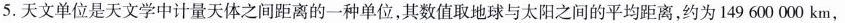
5.天文单位是天文学中计量天体之间距离的一种单位，其数值取地球与太阳之间的平均距离，约为149 600 000 km，